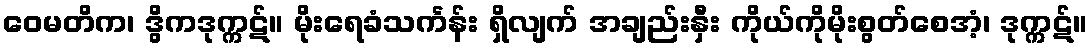
ဝေမတိက၊ ဒွိကဒုက္ကဋ်။ မိုးရေခံသင်္ကန်း ရှိလျက် အချည်းနှီး ကိုယ်ကိုမိုးစွတ်စေအံ့၊ ဒုက္ကဋ်။